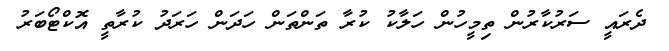
ދެރައީ ސަރުކާރުން ތިމީހުން ހަލާކު ކުރާ ތަންތަން ހަދަން ހަރަދު ކުރާތީ އޮކްޓޯބަރު